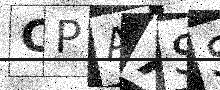
Text: CPAXSS